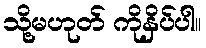
သို့မဟုတ် ကိုနှိပ်ပါ။